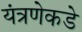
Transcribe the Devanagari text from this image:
यंत्रणेकडे